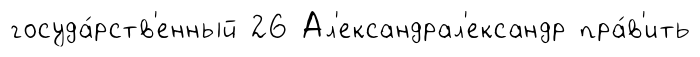
госуда́рств'енный 26 Ал'ександрал'ександр пра́в'ить